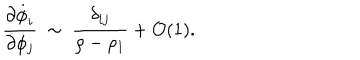
{ \frac { \partial \dot { \phi } _ { i } } { \partial \phi _ { j } } } ~ \sim ~ { \frac { \delta _ { i j } } { \rho - \rho _ { 1 } } } + { \cal { O } } ( 1 ) .